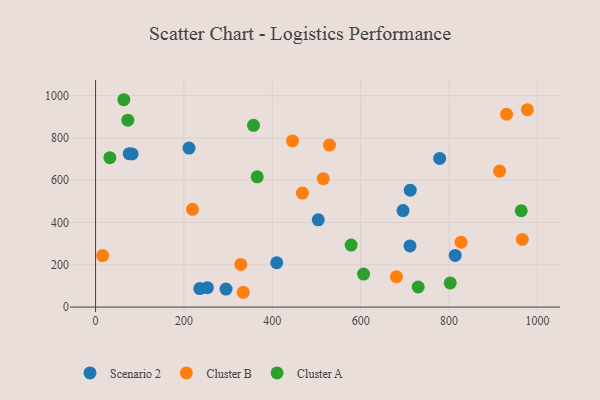
{"axis": {"x": "Engine Size", "y": "Fuel Efficiency"}, "legend": ["Cluster A", "Cluster B", "Scenario 2"], "data": [{"x": "814.0", "y": 244.3, "type": "Scenario 2"}, {"x": "235.8", "y": 87.6, "type": "Scenario 2"}, {"x": "295.2", "y": 84.9, "type": "Scenario 2"}, {"x": "712.2", "y": 552.9, "type": "Scenario 2"}, {"x": "76.2", "y": 725.5, "type": "Scenario 2"}, {"x": "211.5", "y": 751.9, "type": "Scenario 2"}, {"x": "410.0", "y": 209.7, "type": "Scenario 2"}, {"x": "82.7", "y": 724.2, "type": "Scenario 2"}, {"x": "504.0", "y": 412.8, "type": "Scenario 2"}, {"x": "778.8", "y": 703.2, "type": "Scenario 2"}, {"x": "253.0", "y": 91.8, "type": "Scenario 2"}, {"x": "695.9", "y": 456.4, "type": "Scenario 2"}, {"x": "711.6", "y": 289.4, "type": "Scenario 2"}, {"x": "515.3", "y": 607.3, "type": "Cluster B"}, {"x": "334.2", "y": 70.0, "type": "Cluster B"}, {"x": "930.3", "y": 911.9, "type": "Cluster B"}, {"x": "468.1", "y": 539.3, "type": "Cluster B"}, {"x": "914.5", "y": 643.4, "type": "Cluster B"}, {"x": "965.8", "y": 319.9, "type": "Cluster B"}, {"x": "219.4", "y": 462.3, "type": "Cluster B"}, {"x": "328.6", "y": 201.5, "type": "Cluster B"}, {"x": "445.7", "y": 785.8, "type": "Cluster B"}, {"x": "827.3", "y": 307.0, "type": "Cluster B"}, {"x": "16.0", "y": 243.7, "type": "Cluster B"}, {"x": "529.4", "y": 766.1, "type": "Cluster B"}, {"x": "977.3", "y": 933.4, "type": "Cluster B"}, {"x": "681.0", "y": 143.5, "type": "Cluster B"}, {"x": "963.4", "y": 455.6, "type": "Cluster A"}, {"x": "730.2", "y": 95.0, "type": "Cluster A"}, {"x": "64.0", "y": 980.6, "type": "Cluster A"}, {"x": "73.0", "y": 883.7, "type": "Cluster A"}, {"x": "32.4", "y": 706.4, "type": "Cluster A"}, {"x": "357.5", "y": 859.3, "type": "Cluster A"}, {"x": "802.7", "y": 114.0, "type": "Cluster A"}, {"x": "578.4", "y": 293.1, "type": "Cluster A"}, {"x": "365.9", "y": 615.8, "type": "Cluster A"}, {"x": "606.5", "y": 156.0, "type": "Cluster A"}]}